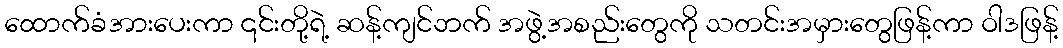
ထောက်ခံအားပေးကာ ၎င်းတို့ရဲ့ ဆန့်ကျင်ဘက် အဖွဲ့အစည်းတွေကို သတင်းအမှားတွေဖြန့်ကာ ဝါဒဖြန့်